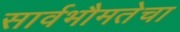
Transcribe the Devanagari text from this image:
सार्वभौमतेचा